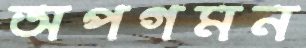
অপগমন